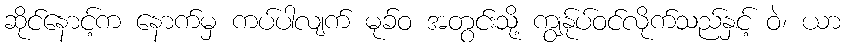
ဆိုင်နောင့်က နောက်မှ ကပ်ပါလျက် မုခ်ဝ အတွင်းသို့ ကျွန်ုပ်ဝင်လိုက်သည်နှင့် ဝဲ၊ ယာ